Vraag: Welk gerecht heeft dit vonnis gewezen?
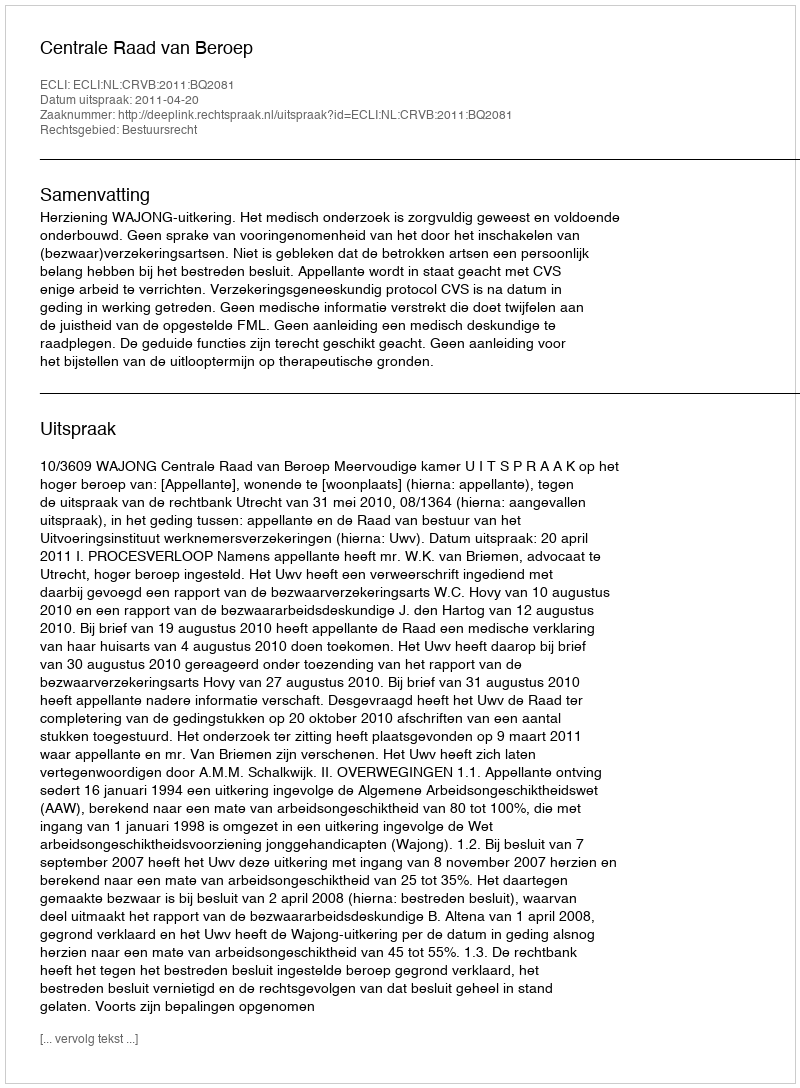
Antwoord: Centrale Raad van Beroep